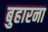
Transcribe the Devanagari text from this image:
बुहारना